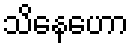
သိနေဟော